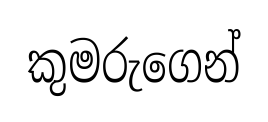
කුමරුගෙන්